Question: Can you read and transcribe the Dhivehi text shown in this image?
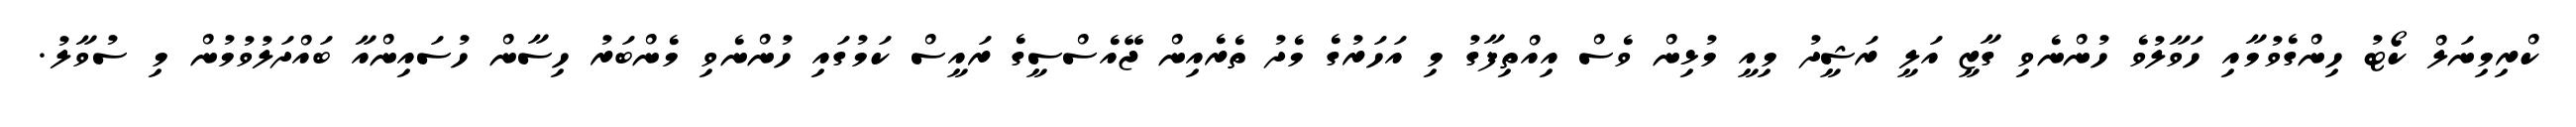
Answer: ކްރިމިނަލް ކޯޓު ހިންގެވުމާއި ހަވާލުވެ ހުންނެވި ގާޒީ އަލީ ރަޝީދު މިއީ މުޅިން ވެސް އިއްތިފާގު މި އަހަރުގެ މެދު ތެރެއިން ޖޭއެސްސީގެ ރައީސް ކަމުގައި ހުންނެވި މެންބަރު ހިސާން ހުސައިންއާ ބައްދަލުވުމުން މި ސުވާލު.